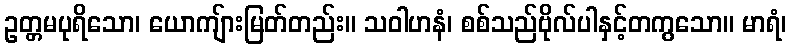
ဥတ္တမပုရိသော၊ ယောကျ်ားမြတ်တည်း။ သဝါဟနံ၊ စစ်သည်ဗိုလ်ပါနှင့်တကွသော။ မာရံ၊